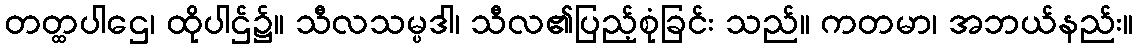
တတ္ထပါဌေ၊ ထိုပါဌ်၌။ သီလသမ္ပဒါ၊ သီလ၏ပြည့်စုံခြင်း သည်။ ကတမာ၊ အဘယ်နည်း။